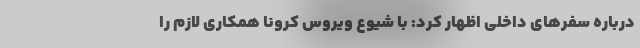
درباره سفرهای داخلی اظهار کرد: با شیوع ویروس کرونا همکاری لازم را